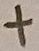
Text: +